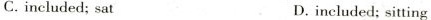
C.included; sat D.included; sitting